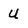
Character: u